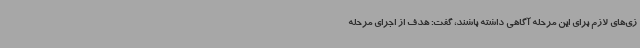
زی‌های لازم برای این مرحله آگاهی داشته باشند، گفت: هدف از اجرای مرحله